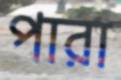
পারা